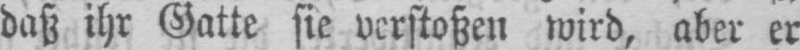
daß ihr Gatte sie verstoßen wird, aber er